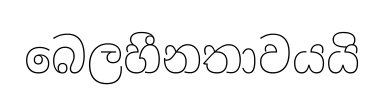
බෙලහීනතාවයයි